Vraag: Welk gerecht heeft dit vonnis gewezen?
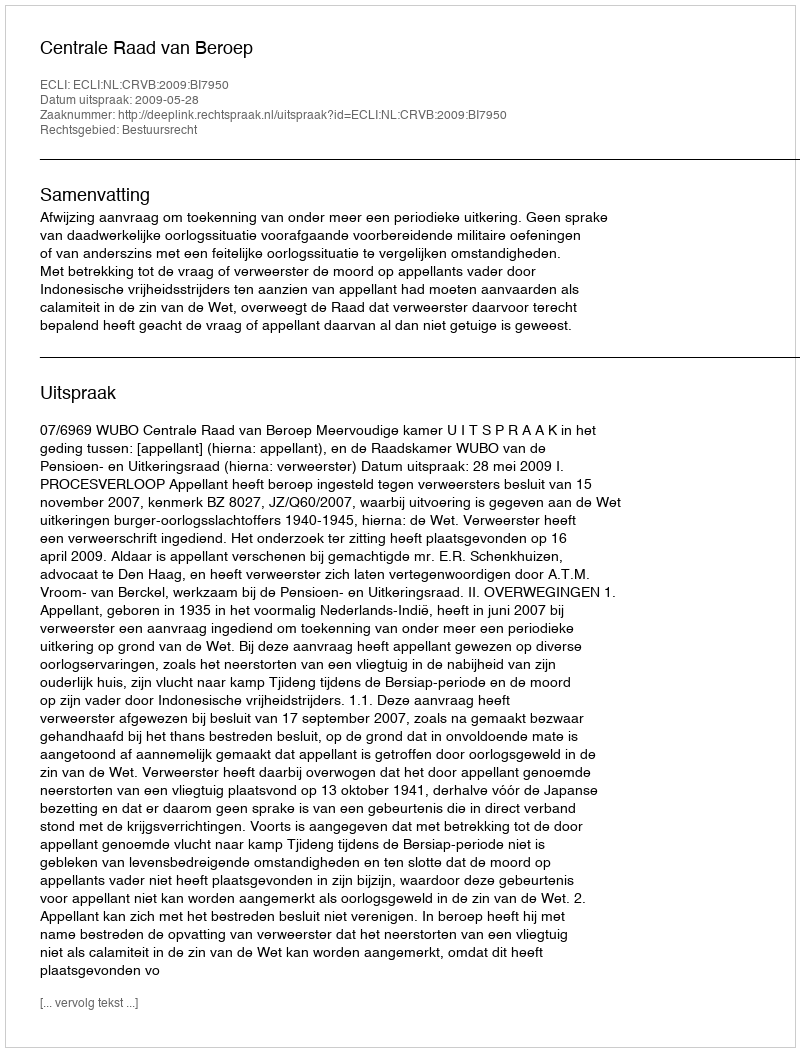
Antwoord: Centrale Raad van Beroep